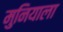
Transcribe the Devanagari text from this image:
मुनियाला